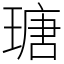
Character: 瑭